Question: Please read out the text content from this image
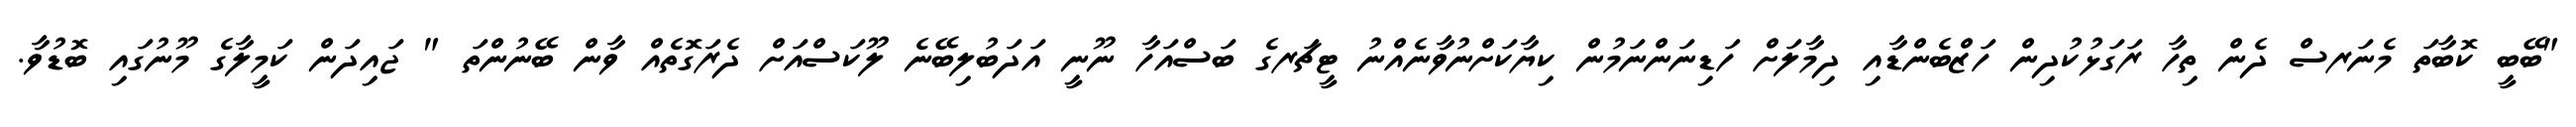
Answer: "ބޭބީ ކޮބާތަ މެނަރސް ދެން ތިހާ ރަގަޅުކުދިން ހަޒްބެންޑާއި ދިމާލަށް ހަޑިނަންނަމުން ކިޔާކަށްނުވާނެއްނު ޓީޗަރގެ ބަސްއަހާ ނޫނީ އަދަބުލިބޭނެ ލޫކަސްއަށް ދެރަގޮތެއް ވާން ބޭނުންތަ " ޖައިދަން ކަމީލާގެ މޫނުގައި ބޮޑުވާ.